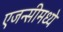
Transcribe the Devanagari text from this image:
एजन्सीमध्ये